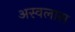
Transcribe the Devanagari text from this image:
अस्वलास